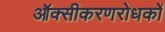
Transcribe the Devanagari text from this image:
ऑक्सीकरणरोधकों